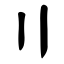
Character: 〢